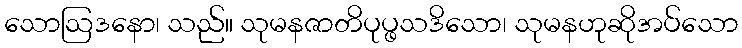
သောဩဒနော၊ သည်။ သုမနဇာတိပုပ္ဖသဒိသော၊ သုမနဟုဆိုအပ်သော